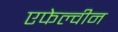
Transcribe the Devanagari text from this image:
एफेल्वीन